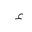
Letter: _hamza